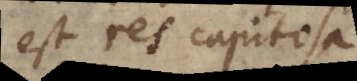
est res capitosa